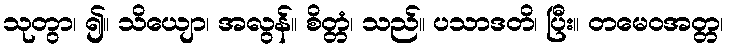
သုတွာ၊ ၍။ သိယျော၊ အလွန်။ စိတ္တံ၊ သည်။ ပသာဒတိ၊ ပြီး။ တမေဝအတ္တ၊